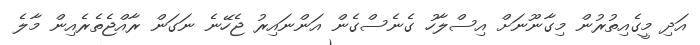
އަދި މީގެއިތުރުން މިގާނޫނަށް އިސްލާހު ގެނެސްގެން އަންނައިރު ޖެހޭނެ ނަގަން ރާއްޖެތެރެއިން މާލެ